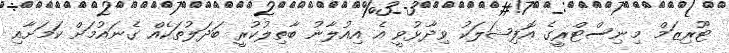
ޓޫރިޒަމް މިނިސްޓްރީގެ އޮފިޝަލަކު ވިދާޅުވީ އެ އިއުލާނު ބާތިލުކުރީ ބަދަލުތަކެއް ގެނައުމަށް ކަމަށާއި